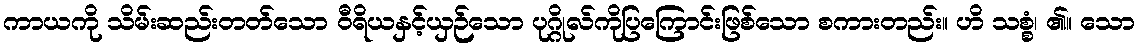
ကာယကို သိမ်းဆည်းတတ်သော ဝီရိယနှင့်ယှဉ်သော ပုဂ္ဂိုလ်ကိုပြကြောင်းဖြစ်သော စကားတည်း။ ဟိ သစ္စံ၊ ၏။ သော